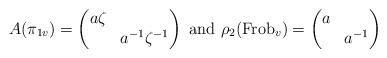
LaTeX: \begin{align*}A(\pi_{1v})=\begin{pmatrix} a\zeta & \\ & a^{-1} \zeta^{-1}\end{pmatrix}\textrm{ and } \rho_2(\mathrm{Frob}_v)=\begin{pmatrix} a &\\ & a^{-1}\end{pmatrix}\end{align*}